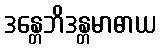
ဒန္တေဘိဒန္တမာဓာယ